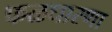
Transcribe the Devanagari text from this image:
फळधारणा